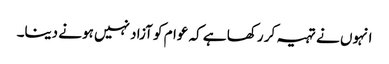
انہوں نے تہیہ کر رکھا ہے کہ عوام کو آزاد نہیں ہونے دینا۔